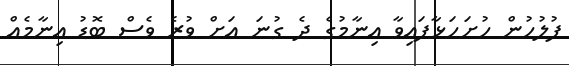
ފުލުހުން ހުށަހަޅާފައިވާ އިނާމުގެ ދެ ގުނަ އަށް ވުރެ ވެސް ބޮޑު އިނާމެއް